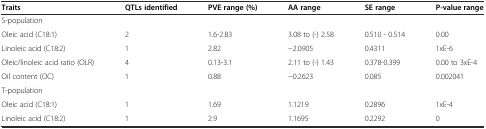
| Traits | QTLs identified | PVE range (%) | AA range | SE range | P-value range |
 | --- | --- | --- | --- | --- | --- |
 | S-population |  |  |  |  |  |
 | Oleic acid (C18:1) | 2 | 1.6-2.83 | 3.08 to (-) 2.58 | 0.510 - 0.514 | 0.00 |
 | Linoleic acid (C18:2) | 1 | 2.82 | −2.0905 | 0.4311 | 1xE-6 |
 | Oleic/linoleic acid ratio (OLR) | 4 | 0.13-3.1 | 2.11 to (-) 1.43 | 0.378-0.399 | 0.00 to 3xE-4 |
 | Oil content (OC) | 1 | 0.88 | −0.2623 | 0.085 | 0.002041 |
 | T-population |  |  |  |  |  |
 | Oleic acid (C18:1) | 1 | 1.69 | 1.1219 | 0.2896 | 1xE-4 |
 | Linoleic acid (C18:2) | 1 | 2.9 | 1.1695 | 0.2292 | 0 |